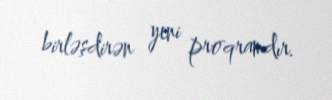
birləşdirən yeni proqramdır.